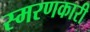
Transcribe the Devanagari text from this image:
स्मरणकारी